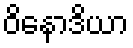
ဝိနောဒိယာ